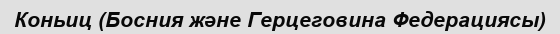
Коньиц (Босния және Герцеговина Федерациясы)